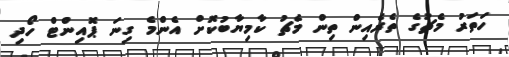
ހަތަރު މެޗުގެ ތެރެއިން ތިން މެޗު ކާމިޔާބުކޮށް އެންމެ ގިނަ ޕޮއިންޓް ހޯދި